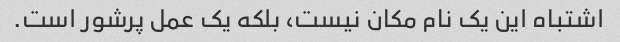
اشتباه این یک نام مکان نیست، بلکه یک عمل پرشور است.